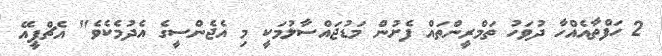
2 ހަފްތާއެއްހާ ދުވަހު ތަމްރީންތައް ފެށުން މަޑުޖައްސާލުމަކީ މި އެޖެންސީގެ އެދުމެކެވެ" އެޗްޕީއޭ